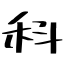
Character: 科